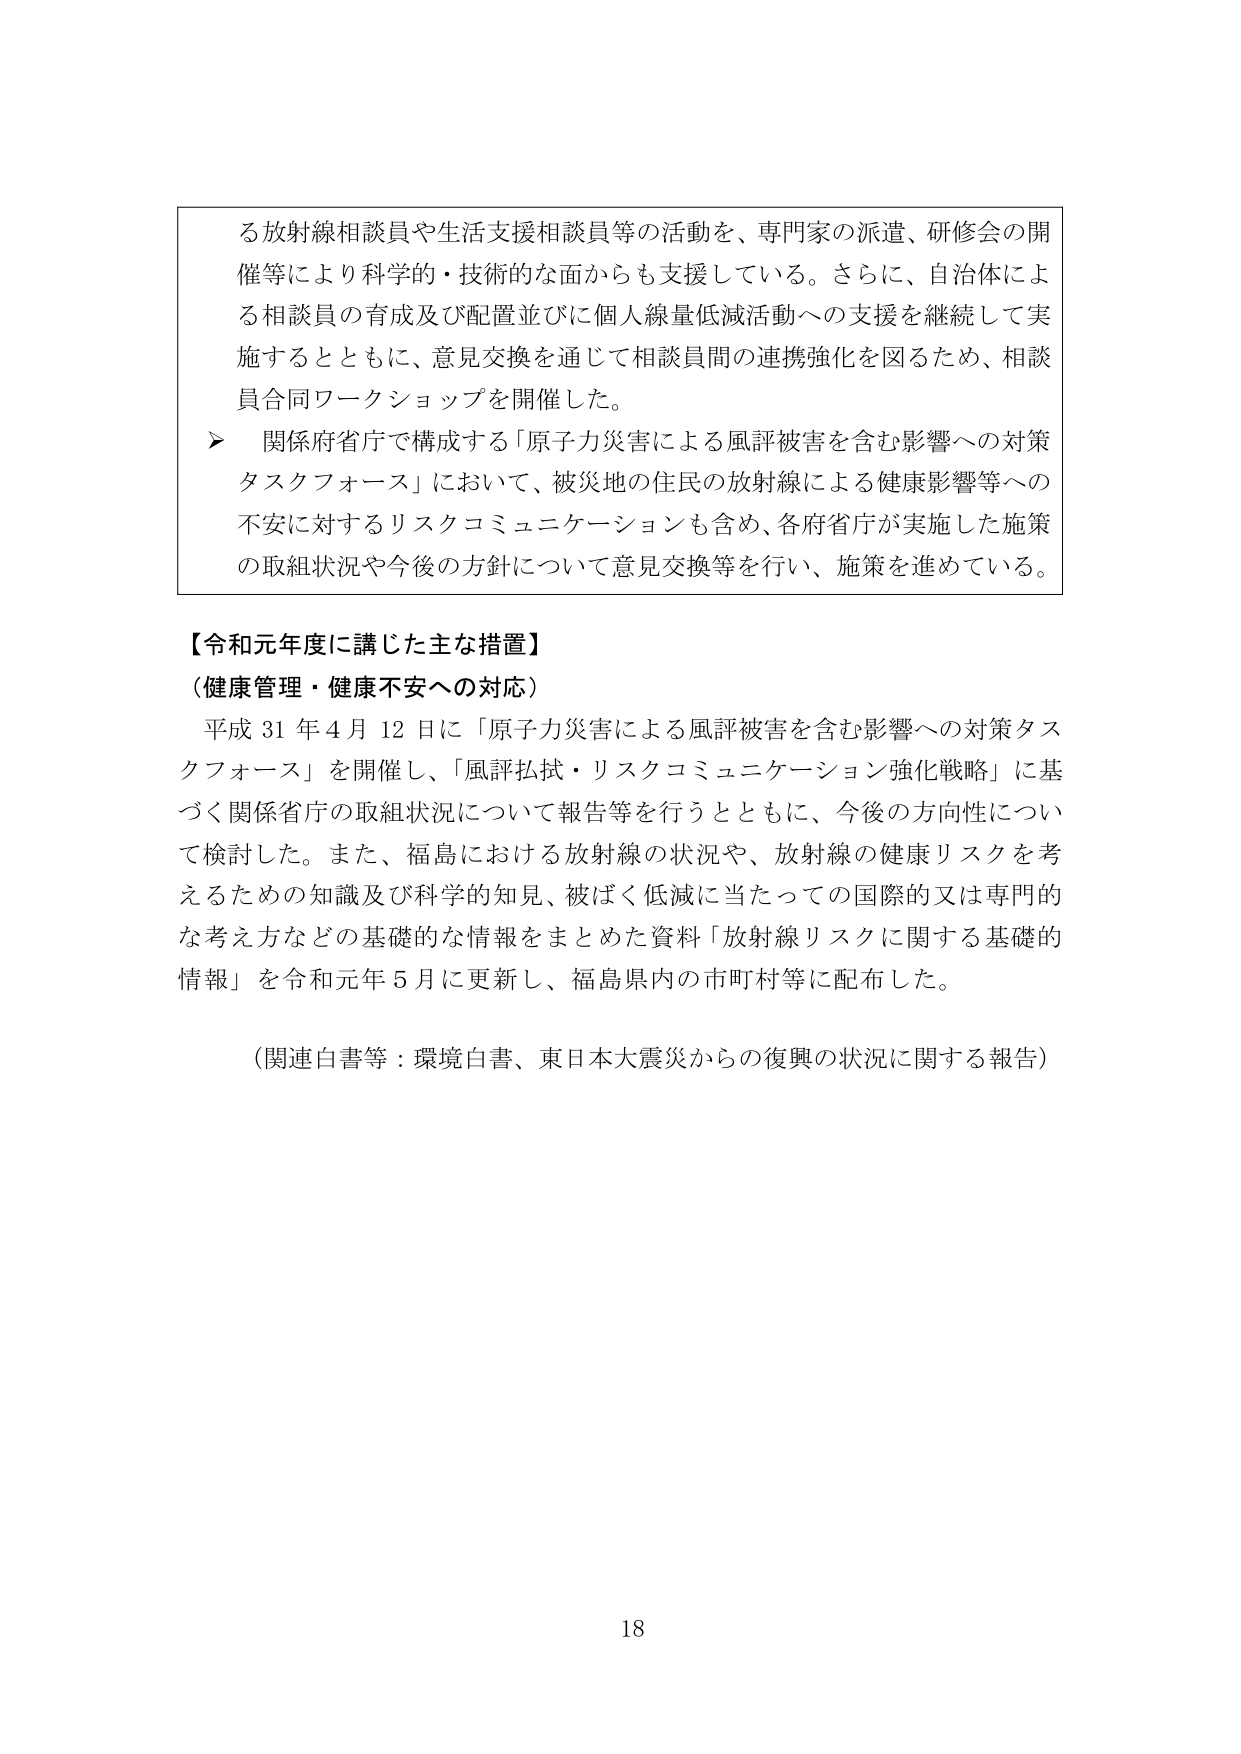
る放射線相談員や生活支援相談員等の活動を、専門家の派遣、研修会の開催等により科学的・技術的な面からも支援している。さらに、自治体による相談員の育成及び配置並びに個人線量低減活動への支援を継続して実施するとともに、意見交換を通じて相談員間の連携強化を図るため、相談員合同ワークショップを開催した。

▶ 関係府省庁で構成する「原子力災害による風評被害を含む影響への対策タスクフォース」において、被災地の住民の放射線による健康影響等への不安に対するリスクコミュニケーションも含め、各府省庁が実施した施策の取組状況や今後の方針について意見交換等を行い、施策を進めている。

【令和元年度に講じた主な措置】
（健康管理・健康不安への対応）
平成31年4月12日に「原子力災害による風評被害を含む影響への対策タスクフォース」を開催し、「風評払拭・リスクコミュニケーション強化戦略」に基づく関係省庁の取組状況について報告等を行うとともに、今後の方向性について検討した。また、福島における放射線の状況や、放射線の健康リスクを考えるための知識及び科学的知見、被ばく低減に当たっての国際的又は専門的な考え方などの基礎的な情報をまとめた資料「放射線リスクに関する基礎的情報」を令和元年5月に更新し、福島県内の市町村等に配布した。

（関連白書等：環境白書、東日本大震災からの復興の状況に関する報告）

18